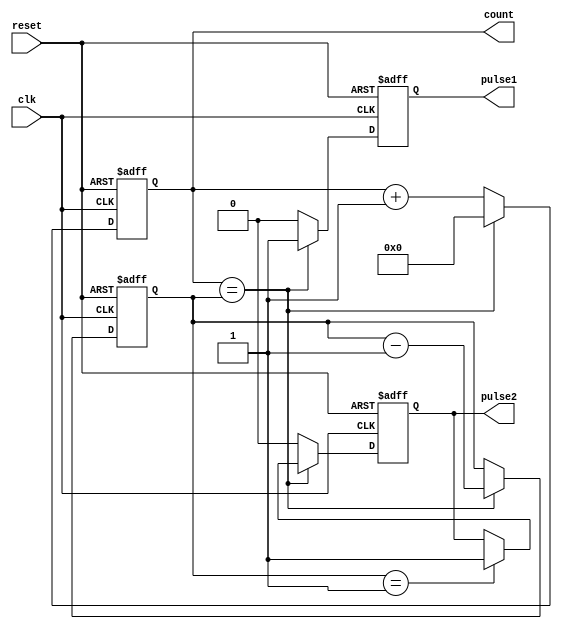
module PRTAMID_counter(
    input wire clk,
    input wire reset,
    output reg [3:0] count,
    output reg pulse1,
    output reg pulse2
);

    reg [3:0] max_count;

    always @(posedge clk or posedge reset) begin
        if (reset) begin
            count <= 0;
            pulse1 <= 0;
            pulse2 <= 0;
            max_count <= 4'b1111; // 15 in binary
        end
		  else begin
            if (count == max_count) begin
                pulse1 <= 1;
                max_count <= max_count - 1;
                count <= 0;
					 if (max_count == 1) begin
							pulse2 <= 1;
						end
					 
            
            end else begin
                pulse1 <= 0;
                pulse2 <= 0;
                count <= count + 1;
            end
        end
    end

endmodule